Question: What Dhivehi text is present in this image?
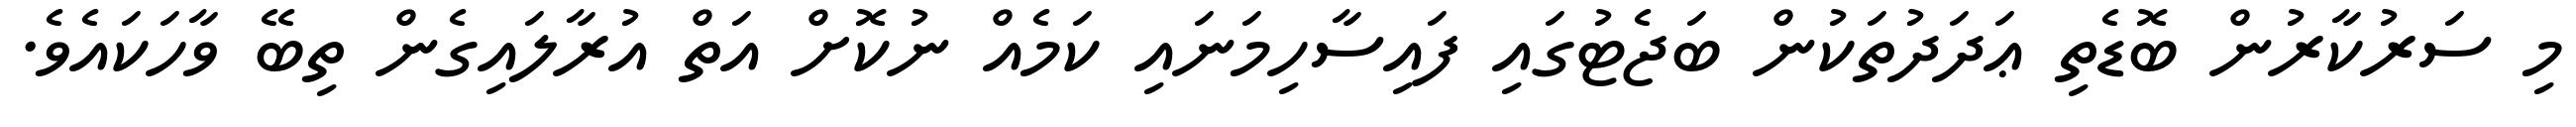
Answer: މި ސަރުކާރުން ބޮޑެތި ޢަދަދުތަކުން ބަޖެޓުގައި ފައިސާހިމަނައި ކަމެއް ނުކޮށް އަތް އުރާލައިގެން ތިބޭ ވާހަކައެވެ.